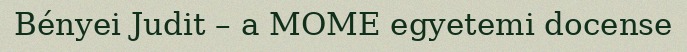
Bényei Judit – a MOME egyetemi docense